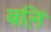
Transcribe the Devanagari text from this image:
बलिं